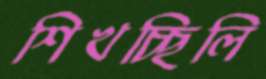
শিখচ্ছিলি